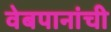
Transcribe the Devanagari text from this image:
वेबपानांची